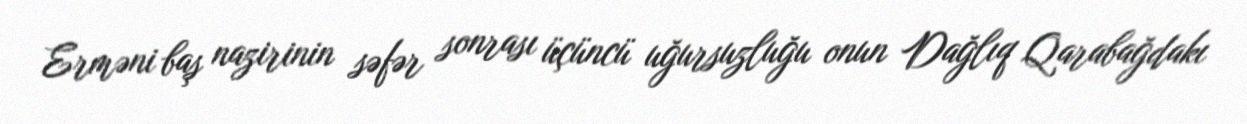
Erməni baş nazirinin səfər sonrası üçüncü uğursuzluğu onun Dağlıq Qarabağdakı